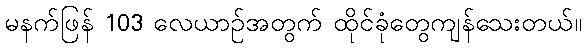
မနက်ဖြန် 103 လေယာဉ်အတွက် ထိုင်ခုံတွေကျန်သေးတယ်။